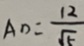
A D = \frac { 1 2 } { \sqrt { 5 } }